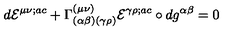
d { \cal E } ^ { \mu \nu ; a c } + \Gamma _ { ( \alpha \beta ) ( \gamma \rho ) } ^ { ( \mu \nu ) } { \cal E } ^ { \gamma \rho ; a c } \circ d g ^ { \alpha \beta } = 0